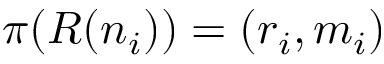
\pi ( R ( n _ { i } ) ) = ( r _ { i } , m _ { i } )